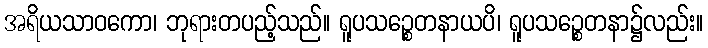
အရိယသာဝကော၊ ဘုရားတပည့်သည်။ ရူပသဉ္စေတနာယပိ၊ ရူပသဉ္စေတနာ၌လည်း။